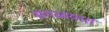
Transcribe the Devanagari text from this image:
सगळय़ात